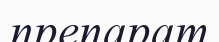
препарат